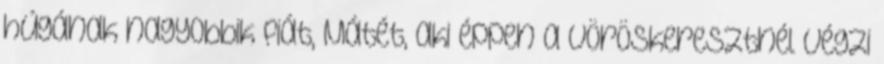
húgának nagyobbik fiát, Mátét, aki éppen a Vöröskeresztnél végzi